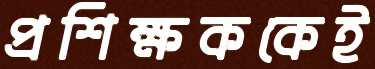
প্রশিক্ষককেই